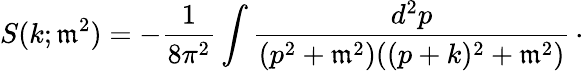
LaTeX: S(k;\mathfrak{m}^{2})=-{\frac{{1}}{{8\pi^{2}}}}\int{\frac{{d^{2}p}}{{(p^{2}+\mathfrak{m}^{2})((p+k)^{2}+\mathfrak{m}^{2})}}}\, \cdotp